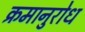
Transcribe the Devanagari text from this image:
क्रमानुरोध